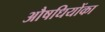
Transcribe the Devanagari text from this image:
औषधियोंका